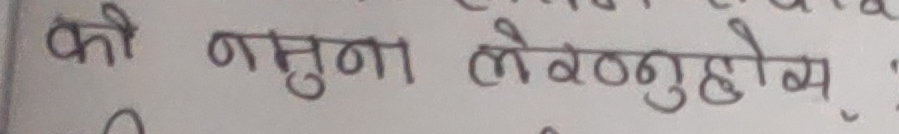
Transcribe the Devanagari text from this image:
को नमुना लेख्नुहोस्